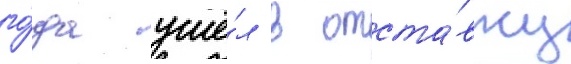
го́да ушё́л в отста́вку